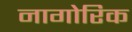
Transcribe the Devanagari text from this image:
नागोरिक